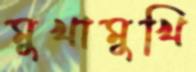
মুখামুখি